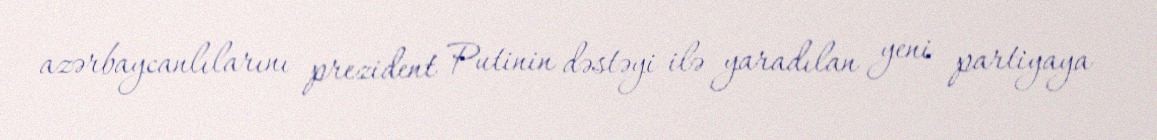
azərbaycanlılarını prezident Putinin dəstəyi ilə yaradılan yeni partiyaya